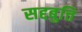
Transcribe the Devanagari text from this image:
सद्दबुत्ति